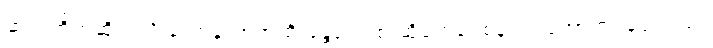
ဆက်တိုက်ဆိုသလို ဆွတ်ခူးတဲ့အထိ မန္တလေးစာဆိုတွေရဲ့ စန်းက တောက်ပခဲ့ပါတယ်။